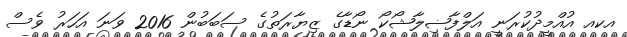
އކއ އުއްމީދުކުރަނީ އަލްފާޟިލާޝޯކޯ ނޯޑާގެ ޒިޔާރަތުގެ ސަބަބުން 2016 ވަނަ އަހަރު ވެސް